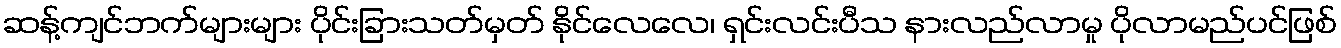
ဆန့်ကျင်ဘက်များများ ပိုင်းခြားသတ်မှတ် နိုင်လေလေ၊ ရှင်းလင်းပီသ နားလည်လာမှု ပိုလာမည်ပင်ဖြစ်